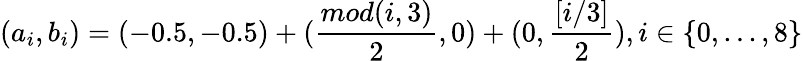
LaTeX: (a_{i},b_{i})=(-0.5,-0.5)+(\frac{mod(i,3)}{2},0)+(0,\frac{[i/3]}{2}),i\in\{ 0,...,8\}